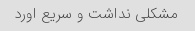
مشکلی نداشت و سریع اورد